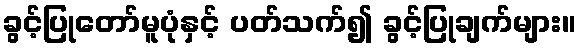
ခွင့်ပြုတော်မူပုံနှင့် ပတ်သက်၍ ခွင့်ပြုချက်များ။